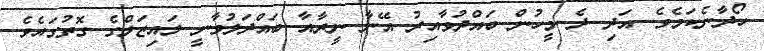
ހޯދާނެކަމެވެ. އަދި ދެ މީހުން ބައްދުވާއިރު އޭނާ ނީރާއާ ބައްދަލުވާނީ ލައިޒަލްގެ ގޮތުގައެވެ.